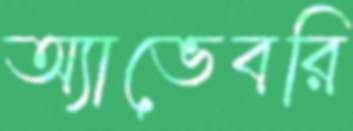
অ্যাভেবরি